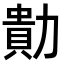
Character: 𭅁